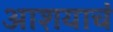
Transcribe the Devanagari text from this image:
आशयाचं